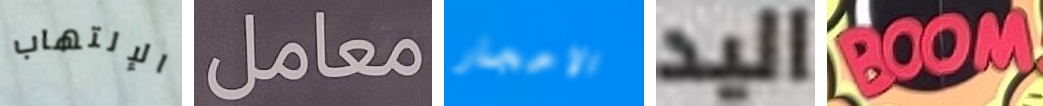
الإلتهاب معامل الاحجار اليد BOOM